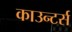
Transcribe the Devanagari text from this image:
काउन्टर्स